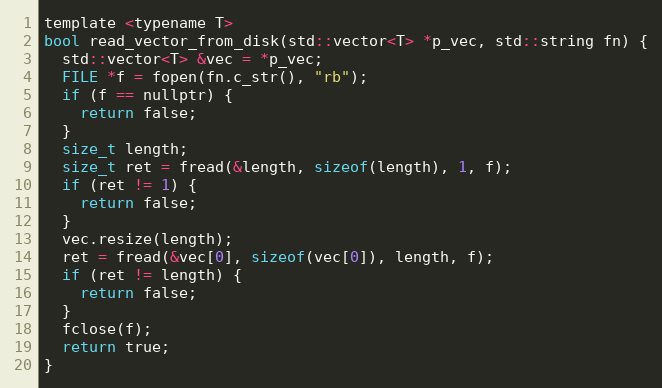
Language: C
template <typename T>
bool read_vector_from_disk(std::vector<T> *p_vec, std::string fn) {
  std::vector<T> &vec = *p_vec;
  FILE *f = fopen(fn.c_str(), "rb");
  if (f == nullptr) {
    return false;
  }
  size_t length;
  size_t ret = fread(&length, sizeof(length), 1, f);
  if (ret != 1) {
    return false;
  }
  vec.resize(length);
  ret = fread(&vec[0], sizeof(vec[0]), length, f);
  if (ret != length) {
    return false;
  }
  fclose(f);
  return true;
}